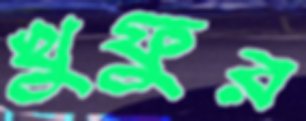
খুফুর